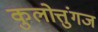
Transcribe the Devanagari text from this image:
कुलोत्तुंगज